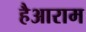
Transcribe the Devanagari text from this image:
हैआराम